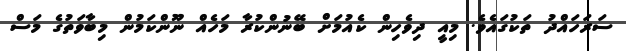
ސަރަހައްދު ތަކުގައެވެ. މިއީ ދިވެހިން ކެއުމަށް ބޭނުންކުރާ މަހެއް ނޫންކަމުން މިބާވަތުގެ މަސް